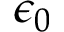
\epsilon _ { 0 }